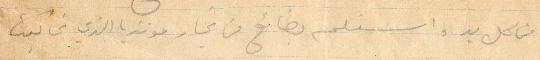
من كل بد واستلم بضائع من تجار مونتريا الذي غالية